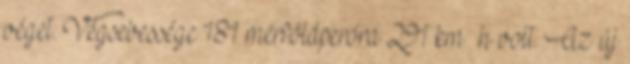
véget. Végsebessége 181 mérföldperóra 291 km h volt. Az új